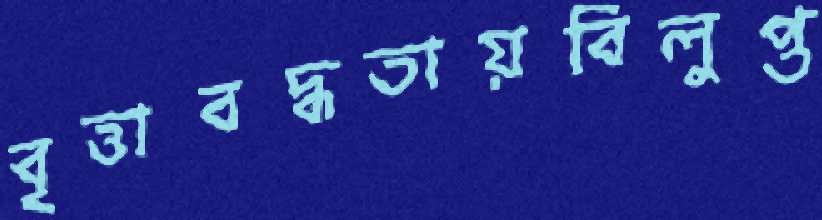
বৃত্তাবদ্ধতায়বিলুপ্ত